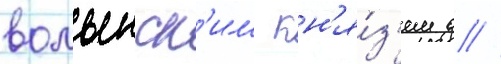
волынск'им кн'я́з'ем д //